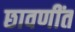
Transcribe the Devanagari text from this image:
छावणींत